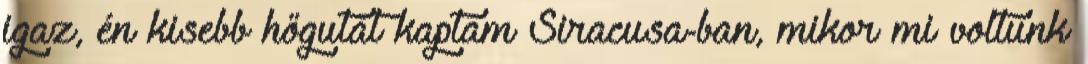
igaz, én kisebb hőgutát kaptam Siracusa-ban, mikor mi voltunk